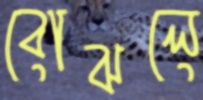
বোঝলে